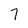
Character: 7